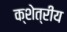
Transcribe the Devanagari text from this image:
क्शेत्रीय